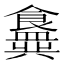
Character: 𬲟